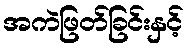
အကဲဖြတ်ခြင်းနှင့်